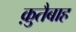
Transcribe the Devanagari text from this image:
क़ुतैबाह